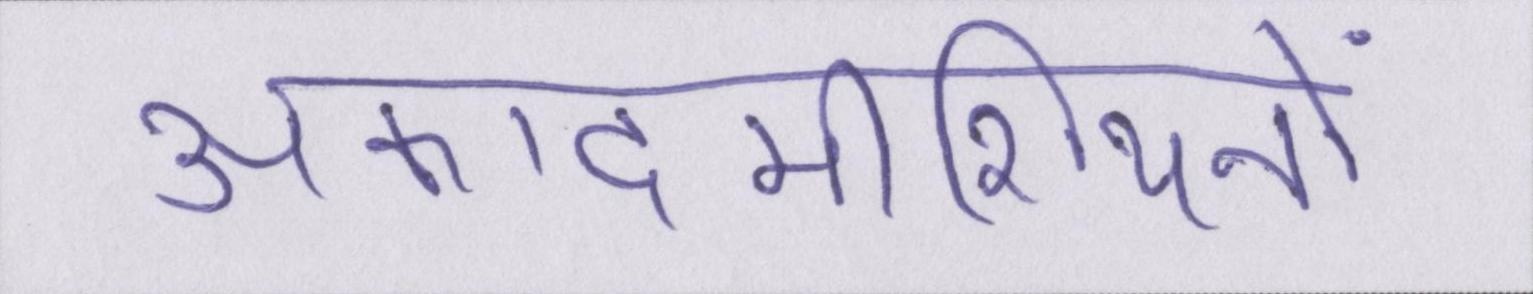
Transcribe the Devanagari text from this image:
अकादमीशियनों